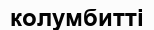
колумбитті